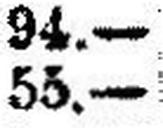
55.—